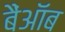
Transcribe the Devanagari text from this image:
बैंऑब